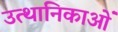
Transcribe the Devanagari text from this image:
उत्थानिकाओं